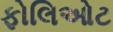
ફોલિઓટ